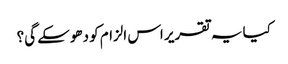
کیا یہ تقریر اس الزام کو دھوسکے گی؟